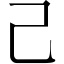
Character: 己